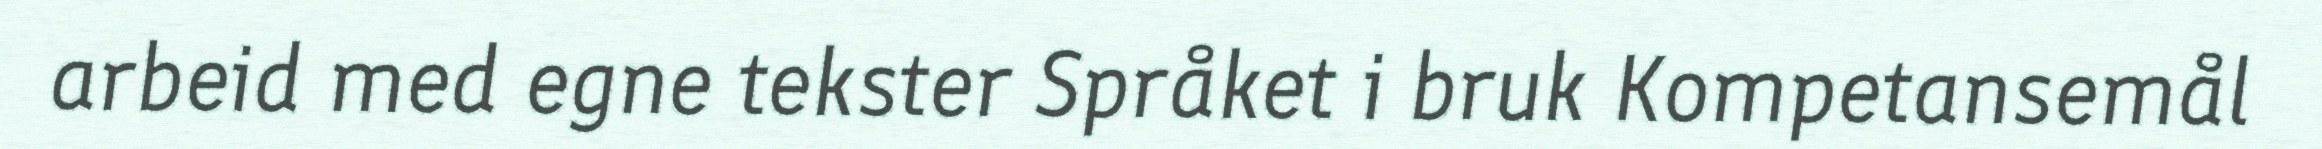
arbeid med egne tekster Språket i bruk Kompetansemål